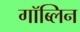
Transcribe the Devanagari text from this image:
गॉब्लिन